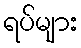
ရပ်များ